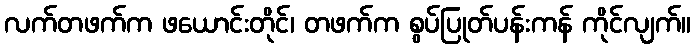
လက်တဖက်က ဖယောင်းတိုင်၊ တဖက်က စွပ်ပြုတ်ပန်းကန် ကိုင်လျက်။